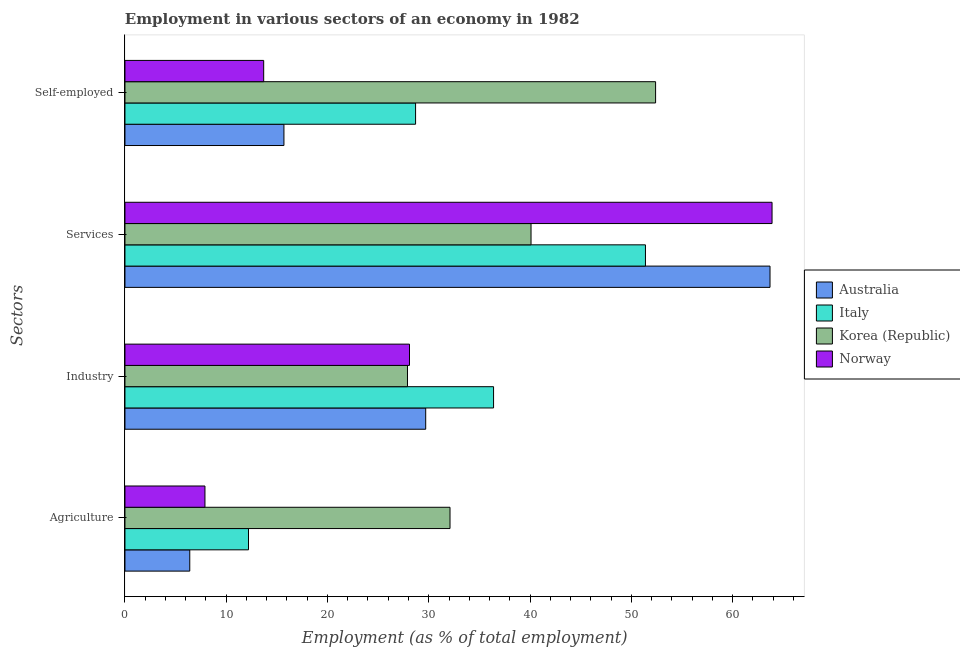
| Sectors | Australia | Italy | Korea (Republic) | Norway |
 | --- | --- | --- | --- | --- |
 | Agriculture | 6.4 | 12.2 | 32.1 | 7.9 |
 | Industry | 29.7 | 36.4 | 27.9 | 28.1 |
 | Services | 63.7 | 51.4 | 40.1 | 63.9 |
 | Self-employed | 15.7 | 28.7 | 52.4 | 13.7 |